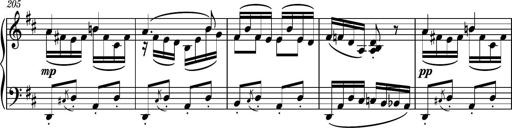
Title: Piano Sonatina No.6
Composer: Dimitri Sykias
Key: A major